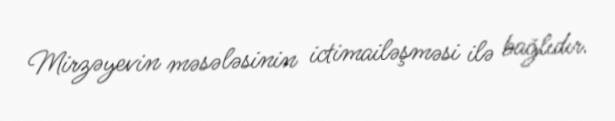
Mirzəyevin məsələsinin ictimailəşməsi ilə bağlıdır.